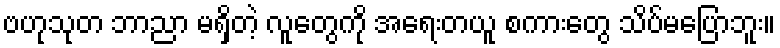
ဗဟုသုတ ဘာညာ မရှိတဲ့ လူတွေကို အရေးတယူ စကားတွေ သိပ်မပြောဘူး။